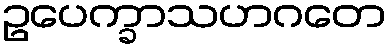
ဥပေက္ခာသဟဂတေ